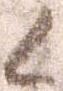
候